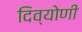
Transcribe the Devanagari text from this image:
दिव्योणी